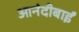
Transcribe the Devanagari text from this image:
आनंदीबाईं